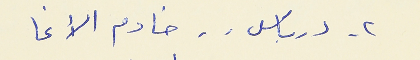
٢ - درباس . . خادم الآغا